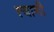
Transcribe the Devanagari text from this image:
त्‍यानी